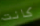
كانت